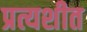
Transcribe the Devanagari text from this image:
प्रत्यशीत